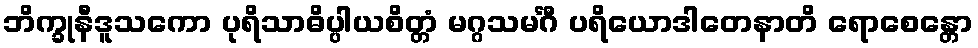
ဘိက္ခုနီဒူသကော ပုရိသာဓိပ္ပါယစိတ္တံ မဂ္ဂသမင်္ဂီ ပရိယောဒါတေနာတိ ရောစေန္တော